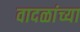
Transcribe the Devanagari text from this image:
वादळांच्या